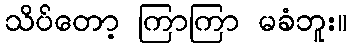
သိပ်တော့ ကြာကြာ မခံဘူး။